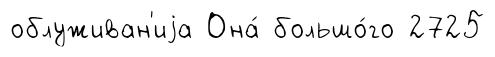
облуживан'иjа Она́ большо́го 2725